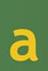
a